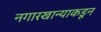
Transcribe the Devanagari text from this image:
नगारखान्याकडून